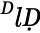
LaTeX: ^ḊlḌ